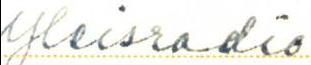
Yleisradio